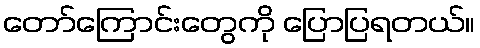
တော်ကြောင်းတွေကို ပြောပြရတယ်။